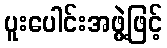
ပူးပေါင်းအဖွဲ့ဖြင့်